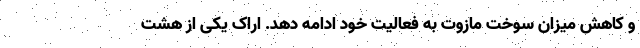
و کاهش میزان سوخت مازوت به فعالیت خود ادامه دهد. اراک یکی از هشت